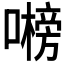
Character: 𭋞